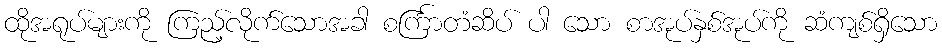
ထိုအရုပ်များကို ကြည့်လိုက်သောအခါ စင်္ကြာတံဆိပ် ပါ သော စာအုပ်နှစ်အုပ်ကို ဆံကျစ်ရှိသော